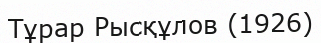
Тұрар Рысқұлов (1926)